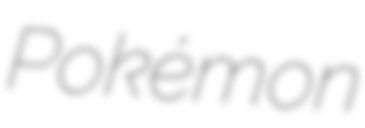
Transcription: Pokémon